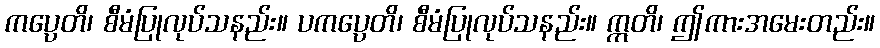
ကပ္ပေတိ၊ စီမံပြုလုပ်သနည်း။ ပကပ္ပေတိ၊ စီမံပြုလုပ်သနည်း။ ဣတိ၊ ဤကားအမေးတည်း။